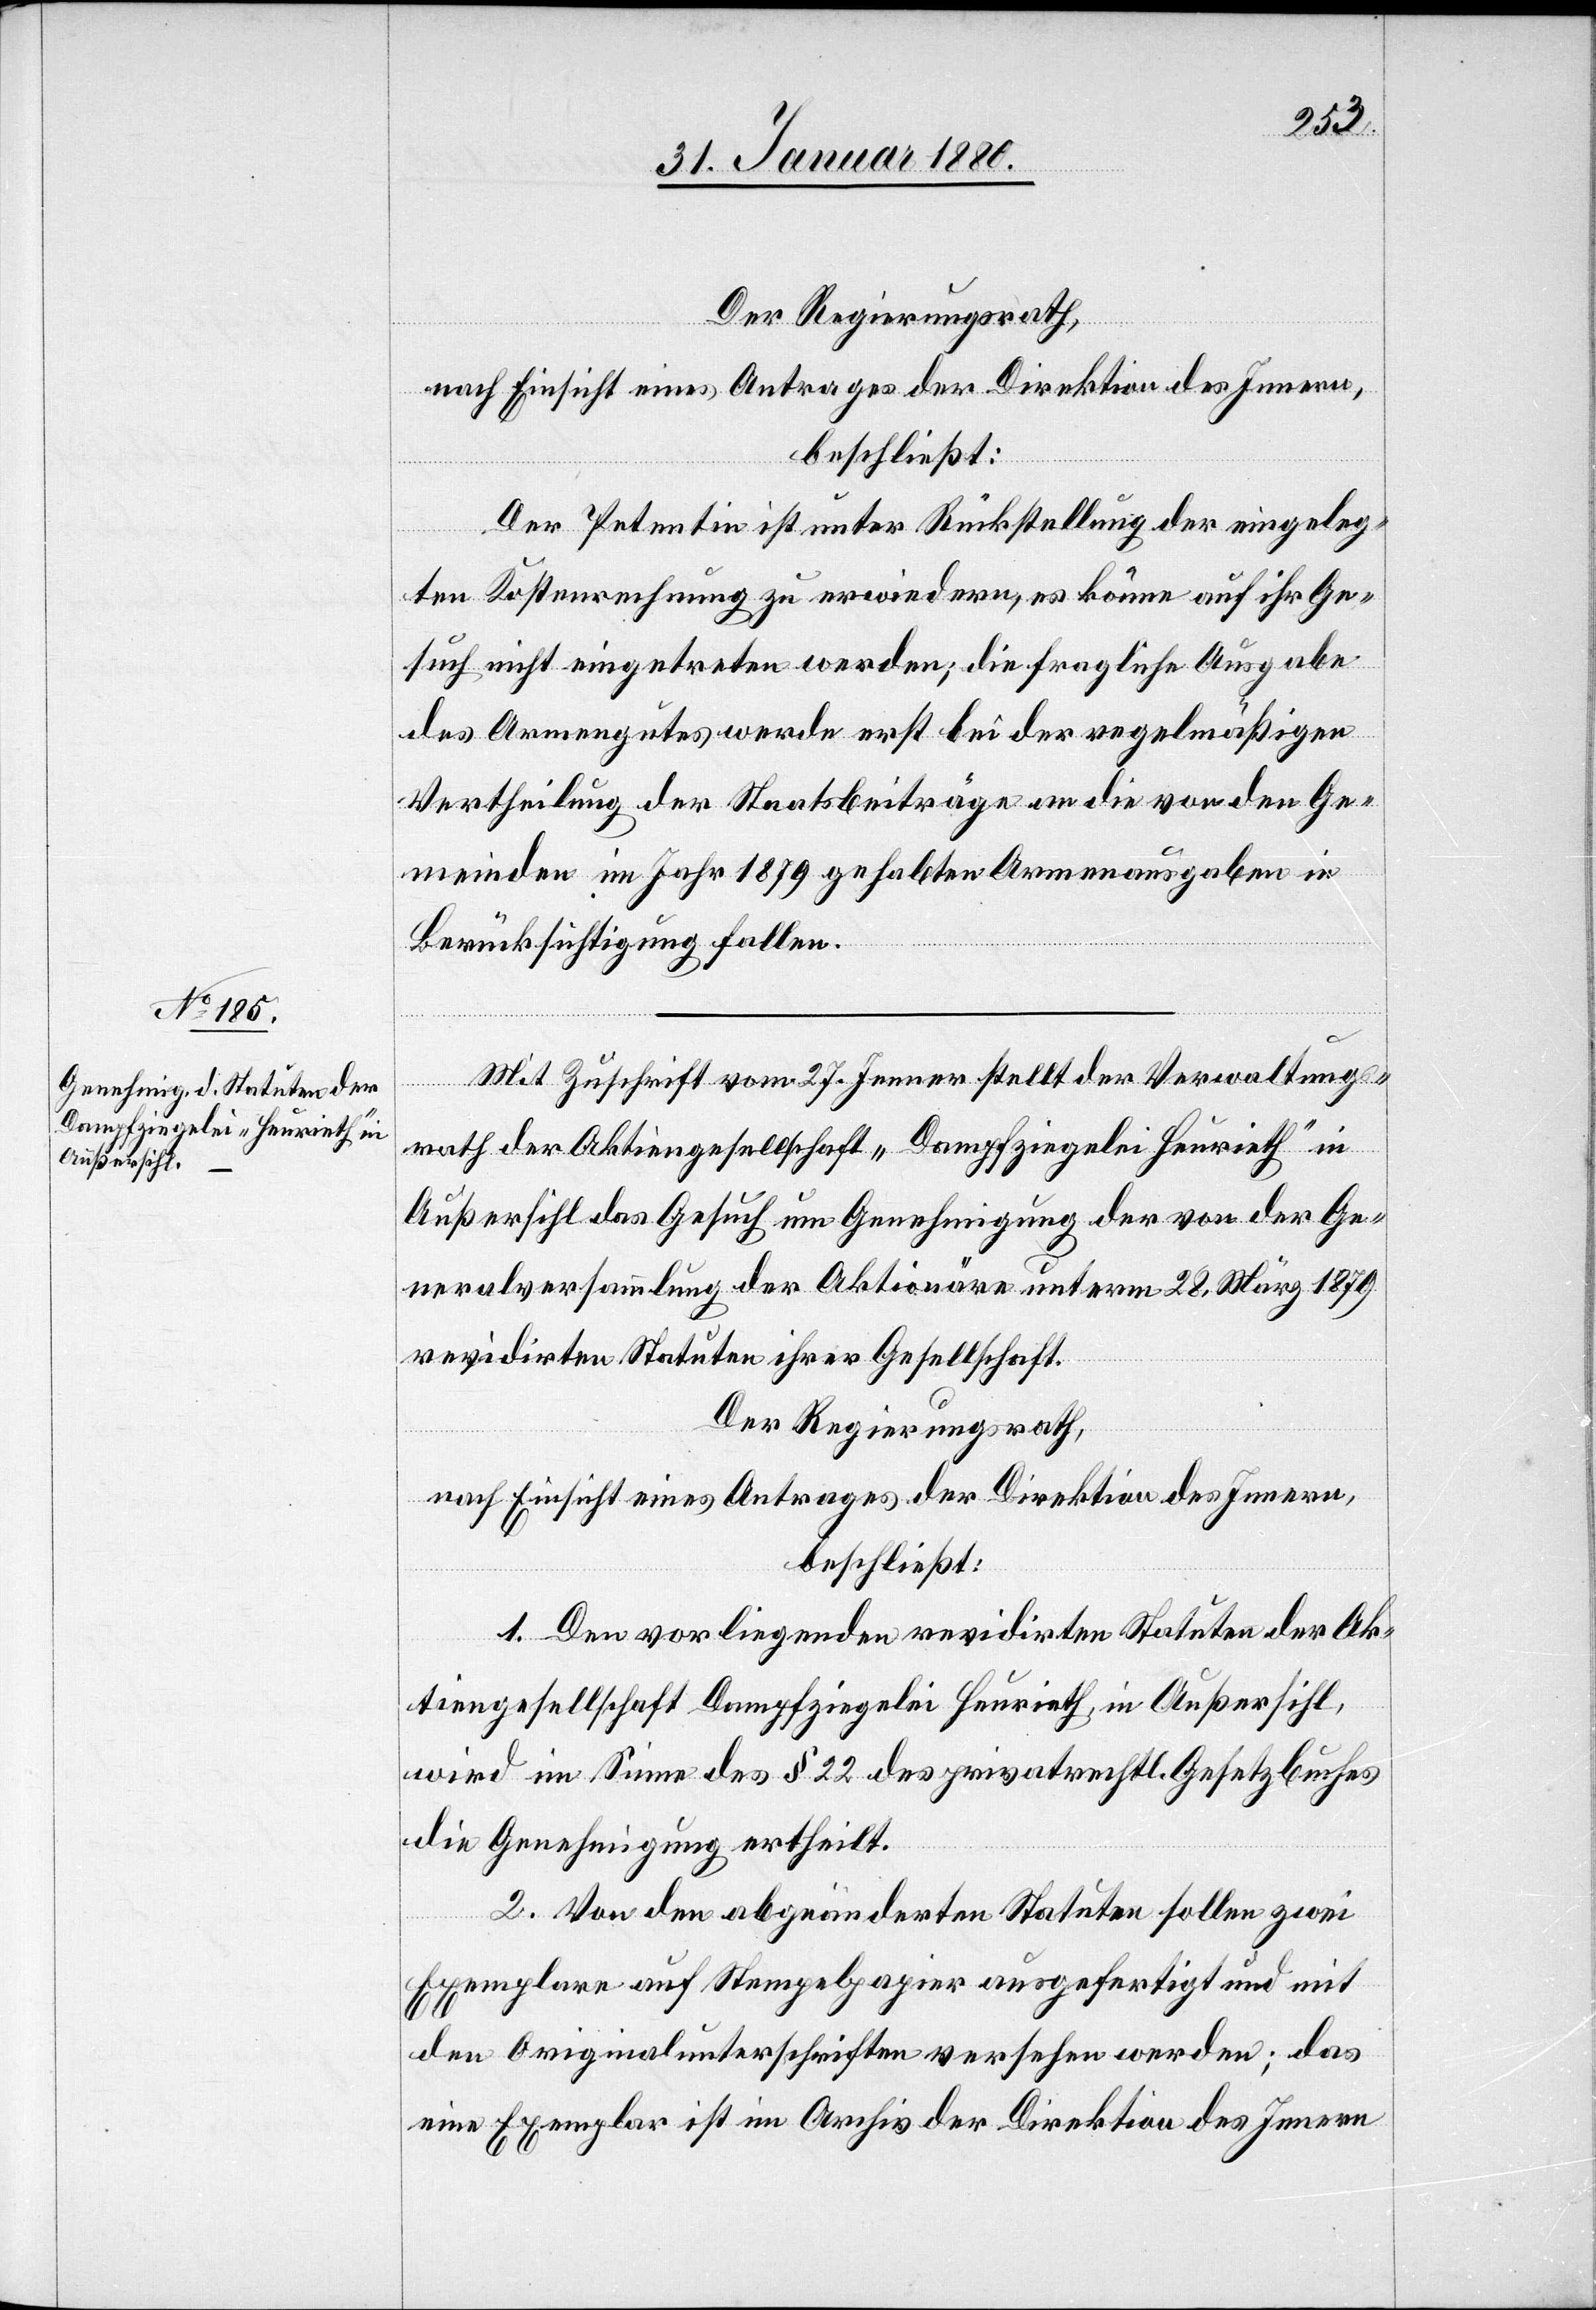
Der Regierungsrath,
nach Einsicht eines Antrages der Direktion des Innern,
beschließt:
Der Petentin ist unter Rückstellung der eingeleg¬
ten Kostenrechnung zu erwiedern, es könne auf ihr Ge¬
such nicht eingetreten werden; die fragliche Ausgabe
des Armengutes werde erst bei der regelmäßigen
Vertheilung des Staatsbeiträge an die von den Ge¬
meinden im Jahr 1879 gehabten Armenausgaben in
Berücksichtigung fallen.
Mit Zuschrift vom 27. Jenner stellt der Verwaltungs¬
rath der Aktiengesellschaft „Dampfziegelei Heurieth“ in
Außersihl das Gesuch um Genehmigung der von der Ge¬
neralversammlung der Aktionäre unterm 28. März 1879
revidirten Statuten ihrer Gesellschaft.
Der Regierungsrath,
nach Einsicht eines Antrages der Direktion des Innern,
beschließt:
1. Den vorliegenden revidirten Statuten der Ak¬
tiengesellschaft Dampfziegelei Heurieth, in Außersihl,
wird im Sinne des § 22 des privatrechtlichen Gesetzbuches
die Genehmigung ertheilt.
2. Von den abgeänderten Statuten sollen zwei
Exemplare auf Stempelpapier ausgefertigt und mit
den Originalunterschriften versehen werden; das
eine Exemplar ist im Archiv der Direktion des Innern